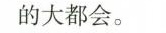
的大都会。